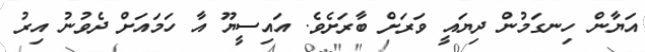
އަޔާން ހިނގަމުން ދިޔައީ ވަރަށް ބާރަށެވެ. އައިސީޔޫ އާ ހަމައަށް ދެވުނު އިރު